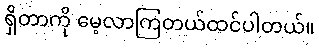
ရှိတာကို မေ့လာကြတယ်ထင်ပါတယ်။